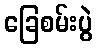
ခြေစမ်းပွဲ